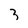
Character: 3